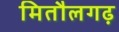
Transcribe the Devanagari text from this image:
मितौलगढ़